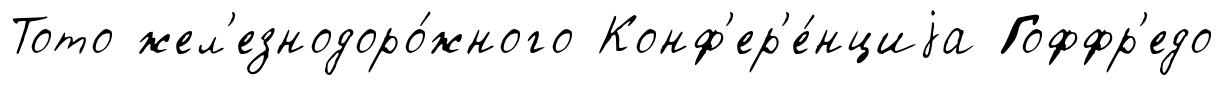
Тото жел'езнодоро́жного Конф'ер'е́нциjа Гоффр'едо